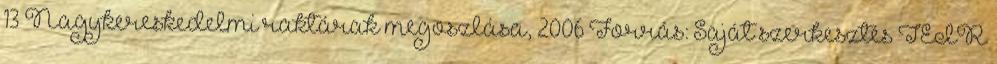
13 Nagykereskedelmi raktárak megoszlása, 2006 Forrás: Saját szerkesztés TEIR